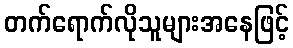
တက်ရောက်လိုသူများအနေဖြင့်